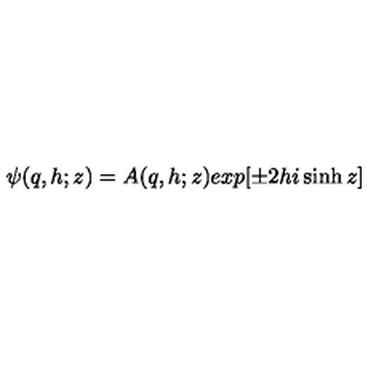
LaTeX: \psi ( q , h ; z ) = A ( q , h ; z ) e x p [ \pm 2 h i \sinh z ]